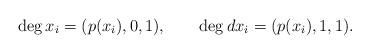
LaTeX: \begin{align*}\deg x_i = (p(x_i),0,1),\qquad \deg dx_i = (p(x_i),1,1) .\end{align*}